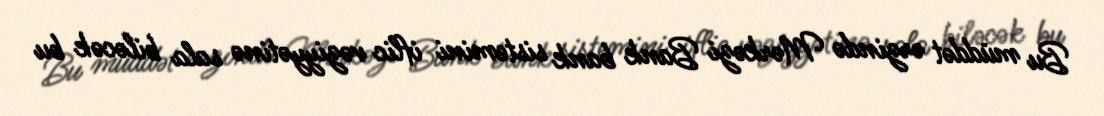
Bu müddət ərzində Mərkəzi Bank bank sistemini iflic vəziyyətinə sala biləcək bu